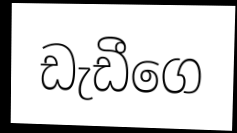
ඩැඩීගෙ